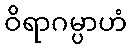
ဝိရာဂမ္ပာဟံ